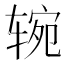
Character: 𰺑